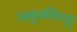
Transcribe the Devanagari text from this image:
अनुसंधित्सु